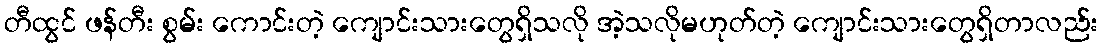
တီထွင် ဖန်တီး စွမ်း ကောင်းတဲ့ ကျောင်းသားတွေရှိသလို အဲ့သလိုမဟုတ်တဲ့ ကျောင်းသားတွေရှိတာလည်း